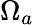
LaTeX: \Omega_{a}